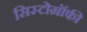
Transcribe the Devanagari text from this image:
सिस्टोग्रॉफी